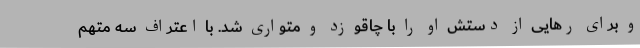
و برای رهایی از دستش او را با چاقو زد و متواری شد. با اعتراف سه متهم